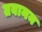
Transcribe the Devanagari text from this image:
तबानन